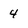
Character: 4